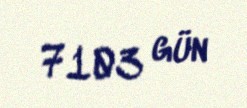
7103 gün